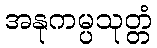
အနုကမ္ပသုတ္တံ